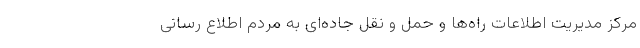
مرکز مدیریت اطلاعات راه‌ها و حمل و نقل جاده‌ای به مردم اطلاع رسانی